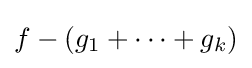
f-(g_{1}+\cdots +g_{k})